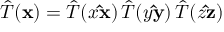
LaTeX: { \hat { T } } ( \mathbf { x } ) = { \hat { T } } ( x \mathbf { \hat { x } } ) \, { \hat { T } } ( y \mathbf { \hat { y } } ) \, { \hat { T } } ( z \mathbf { \hat { z } } )